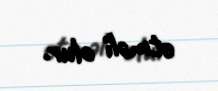
etməli olur.